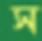
স